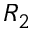
R _ { 2 }